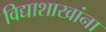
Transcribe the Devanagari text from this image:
विद्याशाखांना